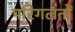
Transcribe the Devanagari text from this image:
परिगलनों